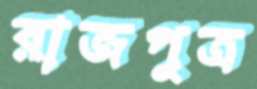
রাজপুত্র